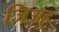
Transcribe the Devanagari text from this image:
जिअहु